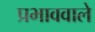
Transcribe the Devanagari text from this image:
प्रभाववाले